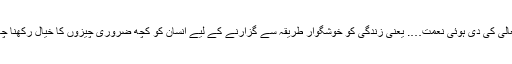
اللہ تعالیٰ کی دی ہوئی نعمت…. یعنی زندگی کو خوشگوار طریقہ سے گزارنے کے لیے انسان کو کچھ ضروری چیزوں کا خیال رکھنا چاہیے۔